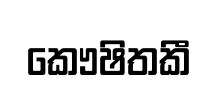
කෞෂිතකී